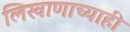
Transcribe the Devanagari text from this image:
लिखाणाच्याही